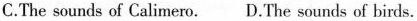
C.The sounds of Calimero. D.The sounds of birds.